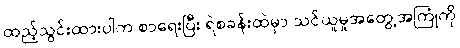
ထည့်သွင်းထားပါက စာရေးပြီး ရဲစခန်းထဲမှာ သင်ယူမှုအတွေ့အကြုံကို